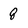
Character: 8